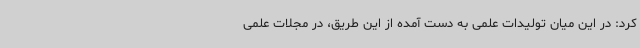
کرد: در این میان تولیدات علمی به دست آمده از این طریق، در مجلات علمی